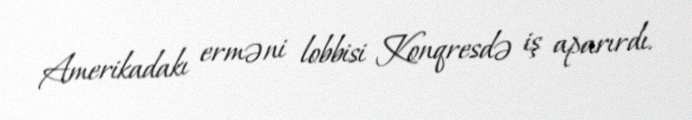
Amerikadakı erməni lobbisi Konqresdə iş aparırdı.